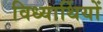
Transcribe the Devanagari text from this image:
विध्यार्थियों